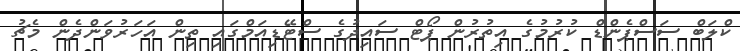
ކްލަބް ސަސްޕެންޑް ކުރުމުގެ އިތުރުން ޕޯޓް ސައިދުގެ ސްޓޭޑިއަމްގައި ތިން އަހަރުވަންދެން މެޗު